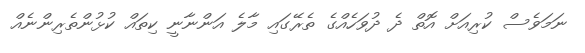
ނަަަމަވެސް ކުރިއަށް އޮތް ދެ ދުވަހެއްގެ ތެރޭގައި މާލެ އަންނާނީ ކިތައް ކުޅުންތެރިންނެއް